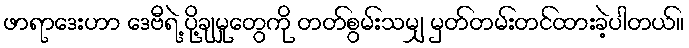
ဖာရာဒေးဟာ ဒေဗီရဲ့ ပို့ချမှုတွေကို တတ်စွမ်းသမျှ မှတ်တမ်းတင်ထားခဲ့ပါတယ်။